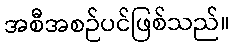
အစီအစဉ်ပင်ဖြစ်သည်။